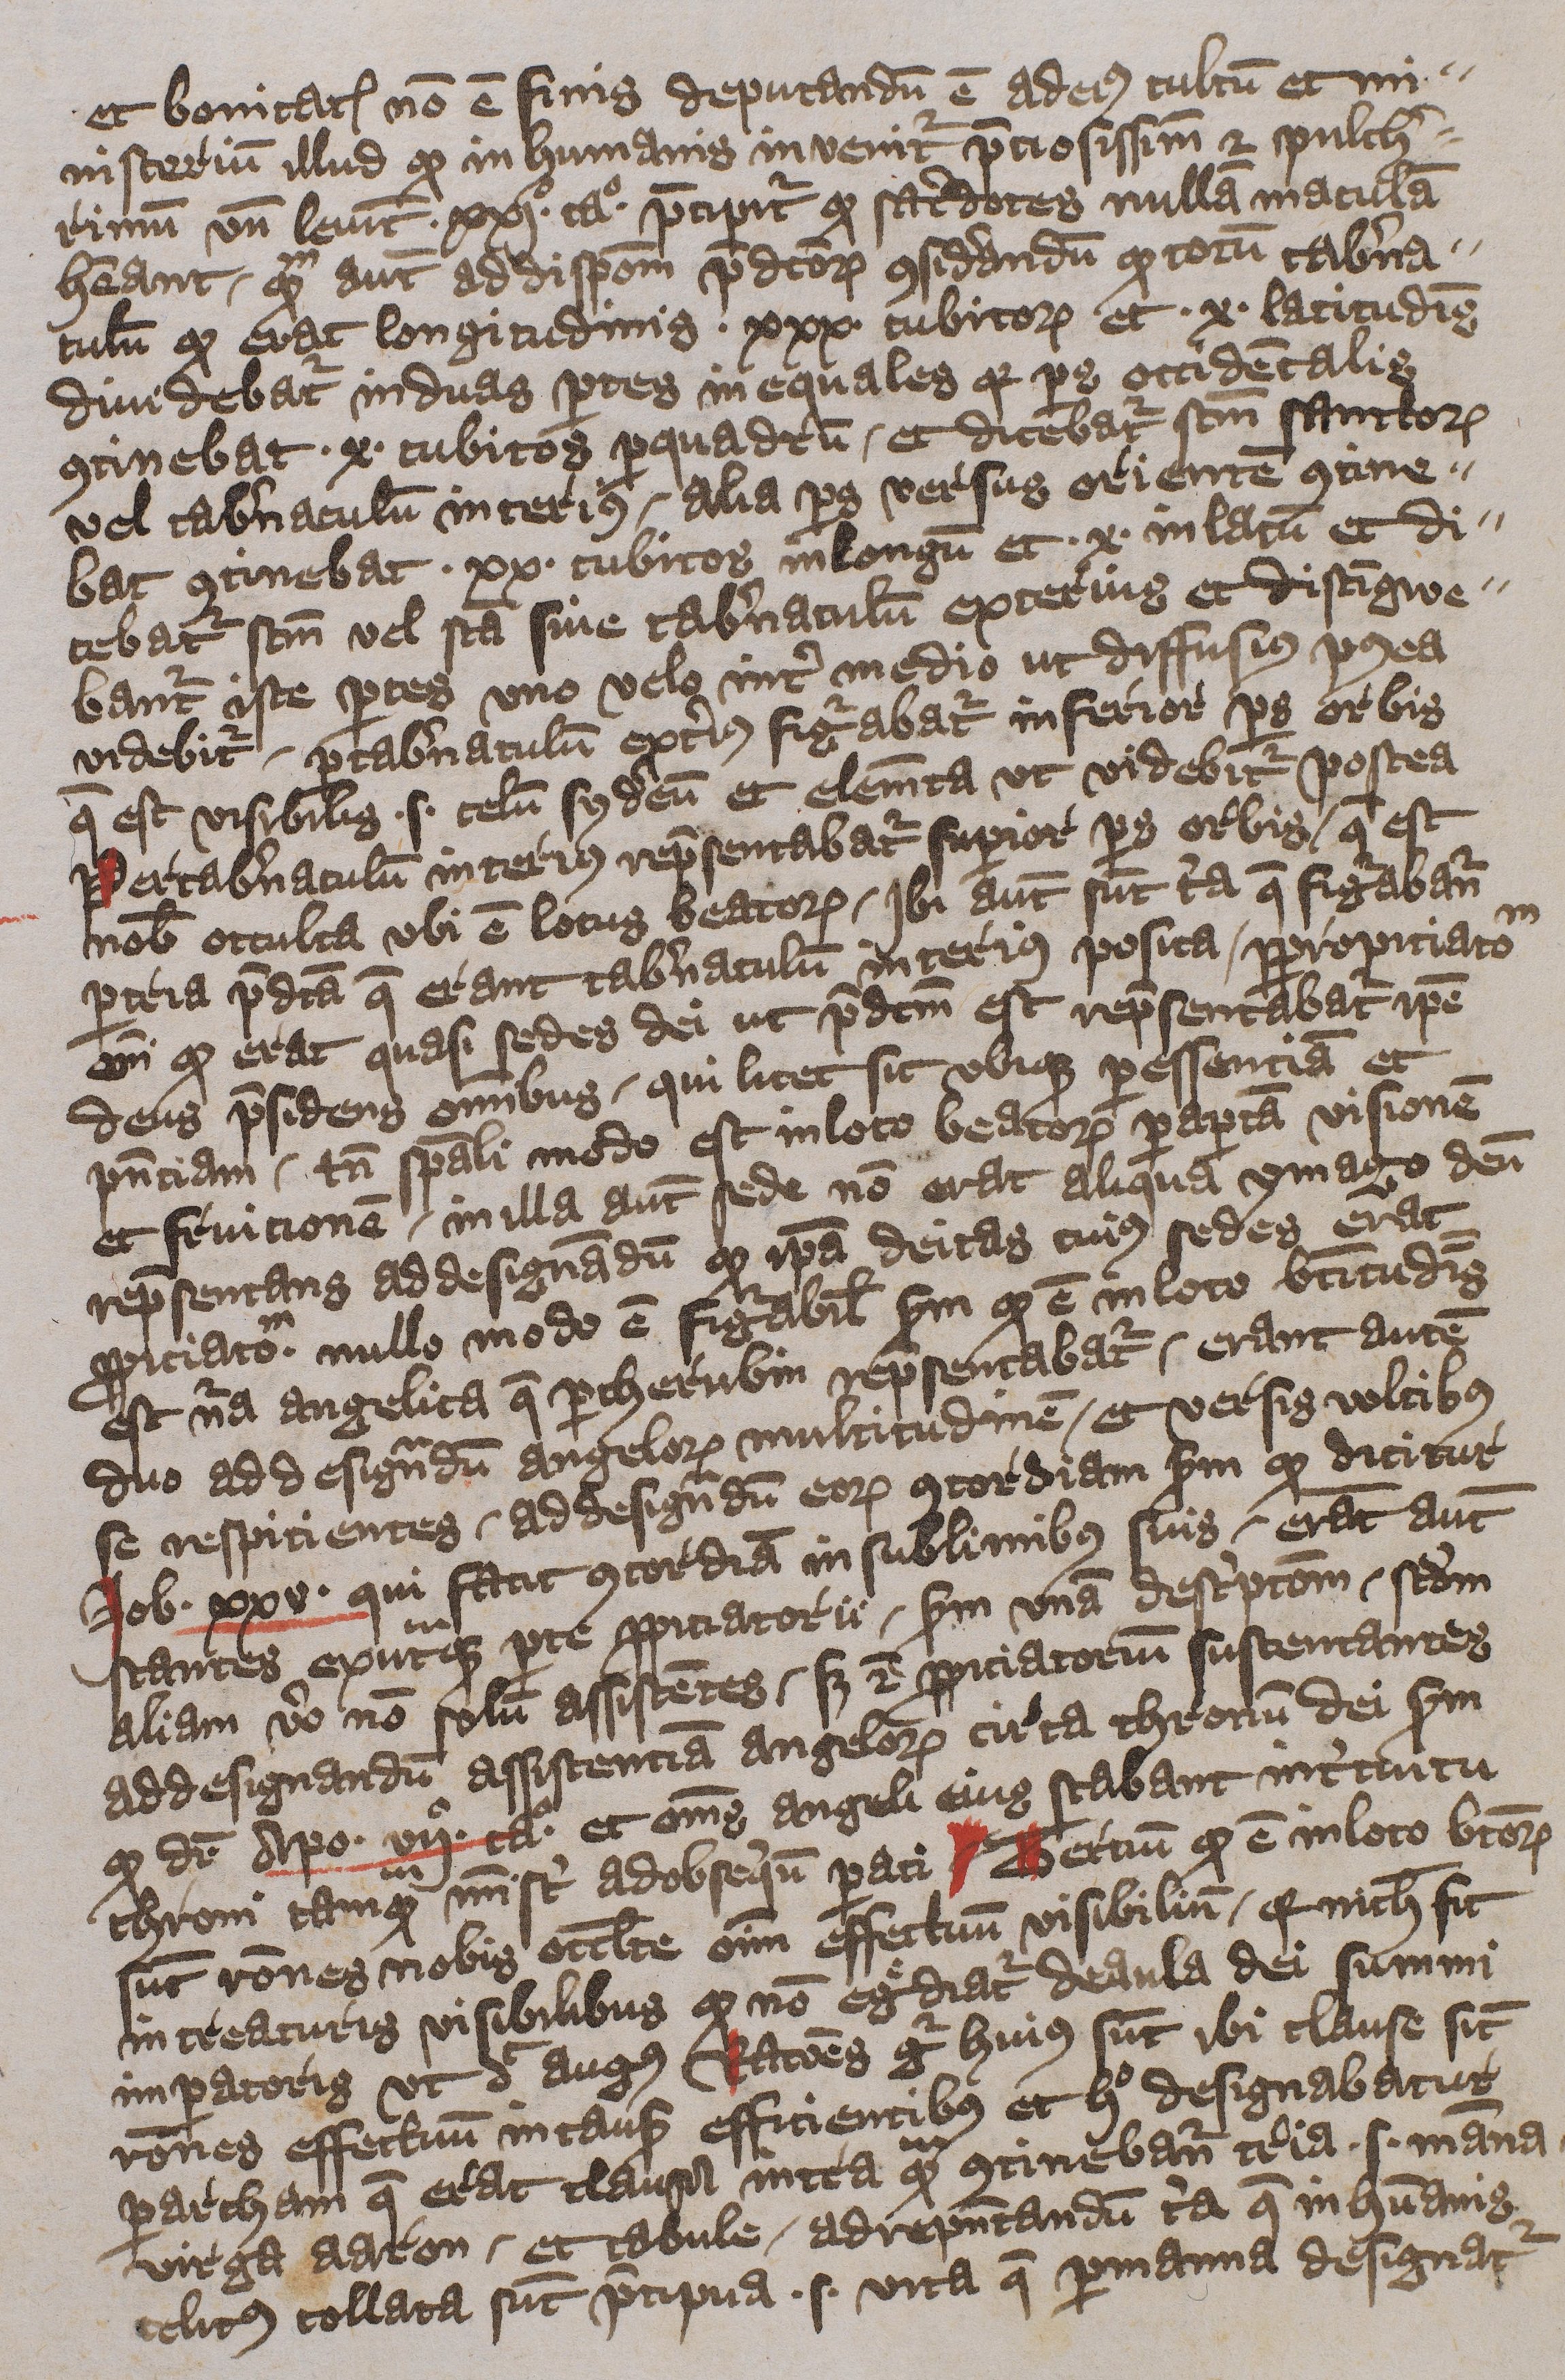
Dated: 1396–1396